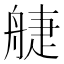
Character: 𦩌